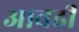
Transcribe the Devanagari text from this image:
आवढी